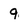
Character: 9